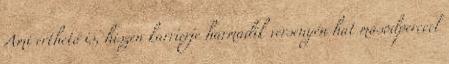
Ami érthető is, hiszen karrierje harmadik versenyén hat másodperccel